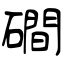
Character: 磵